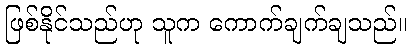
ဖြစ်နိုင်သည်ဟု သူက ကောက်ချက်ချသည်။